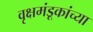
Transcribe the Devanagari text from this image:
वृक्षमंडूकांच्या